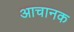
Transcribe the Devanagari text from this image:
आचानक